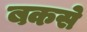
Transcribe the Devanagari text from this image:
बकसे